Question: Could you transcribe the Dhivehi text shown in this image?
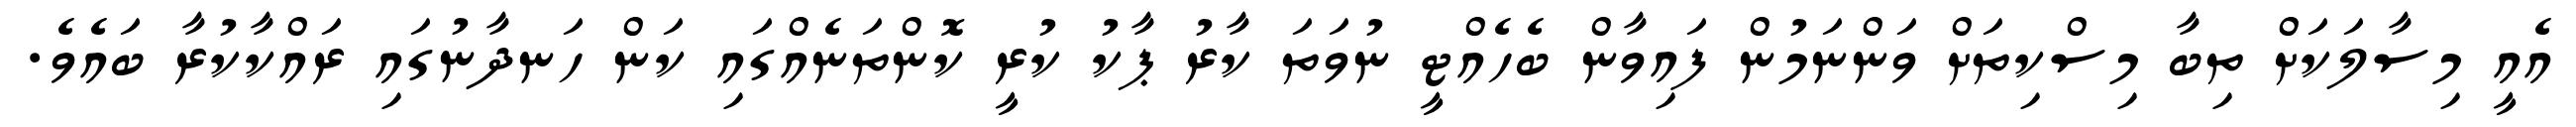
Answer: އެއީ މިސާލަކަށް ތިބާ މިސްކިތަށް ވަންނަމުން ފައިވާން ބެހެއްޓީ ނުވަތަ ކާރު ޕާކު ކުރީ ކޮންތަނެއްގައި ކަން ހަނދާނުގައި ރައްކާކުރާ ބައެވެ.